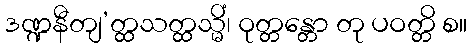
ဒဏ္ဍနီတျ’တ္ထသတ္ထသ္မိံ၊ ဝုတ္တန္တော တု ပဝတ္တိ စ။